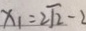
x _ { 1 } = 2 \sqrt { 2 } - 2